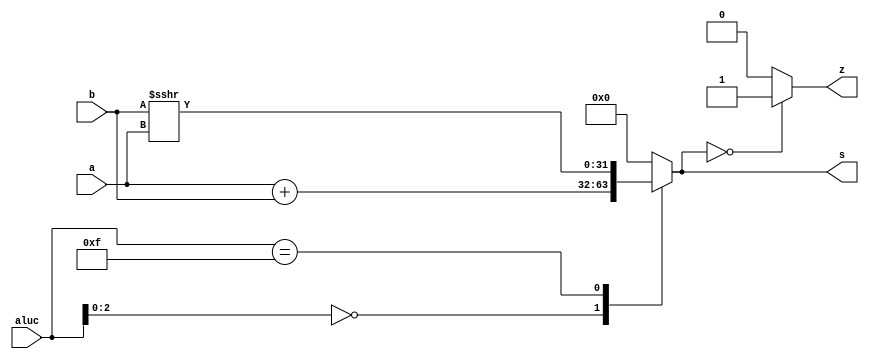
module alu (a,b,aluc,s,z);
   input [31:0] a,b;
   input [3:0] aluc;
   output [31:0] s;
   output        z;
   reg [31:0] s;
   reg        z;
   always @ (a or b or aluc) 
      begin                                   // event
         casex (aluc)
             4'bx000: s = a + b;              //x000 ADD
                                              //x100 SUB
             // complete by yourself          //x001 AND
                                              //x101 OR
                                              //x010 XOR
                                              //x110 LUI: imm << 16bit             
                                              //0011 SLL: rd <- (rt << sa)
                                              //0111 SRL: rd <- (rt >> sa) (logical)
             4'b1111: s = $signed(b) >>> a;   //1111 SRA: rd <- (rt >> sa) (arithmetic)
             default: s = 0;
         endcase
         if (s == 0 )  z = 1;
            else z = 0;         
      end      
endmodule